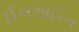
ઈનસાઈન